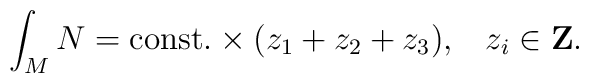
\int_M N = \mbox{const.}\times (z_1 + z_2 + z_3), \;\;\; z_i \in\mbox{{\bf Z}}.